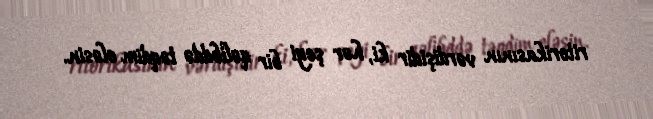
ritorikasının vərdişidir ki, hər şeyi bir qəlibddə təqdim eləsin.